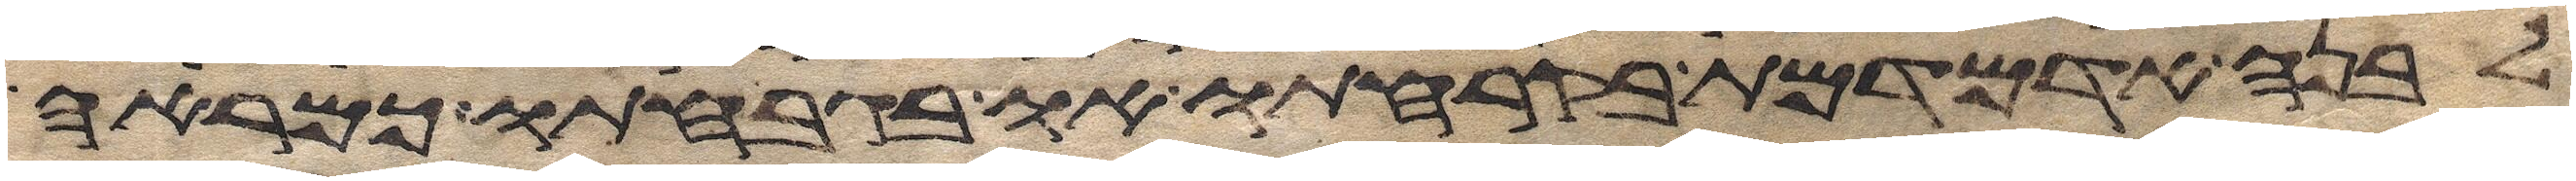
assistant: לבנה אדמדמת בקרחתו או בגבחתו כמראה